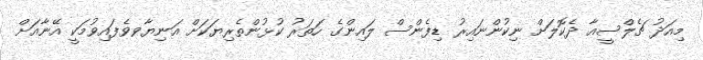
މިއަދު ޗެލްސީއާ ދެކޮލަށް ނިކުންނައިރު ޑިފެންސް ލައިންގެ ހަތަރު ކުޅުންތެރިޔަކަށް އަނިޔާވވެފައިވުމަކީ އޭނާއަށް